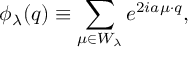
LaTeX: \phi _ { \lambda } ( q ) \equiv \sum _ { \mu \in W _ { \lambda } } e ^ { 2 i a \mu \cdot q } ,